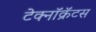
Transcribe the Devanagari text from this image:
टेक्नॉक्रॅटस